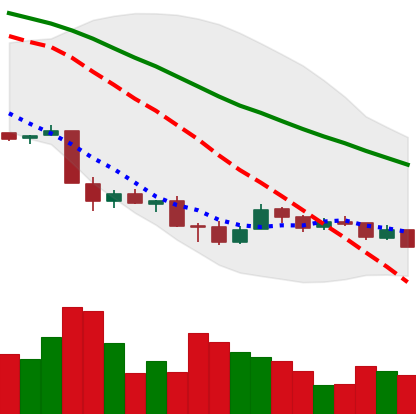
Ticker: XMR-USD
Chart end date: 2018-12-05
Forward return: -13.669%
Label: down_7plus